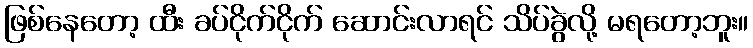
ဖြစ်နေတော့ ထီး ခပ်ငိုက်ငိုက် ဆောင်းလာရင် သိပ်ခွဲလို့ မရတော့ဘူး။